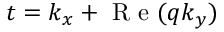
t = k _ { x } + \mathrm { ~ R ~ e ~ } ( q k _ { y } )